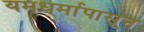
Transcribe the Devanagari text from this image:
यमधर्मापासून